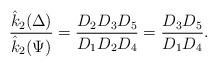
LaTeX: \begin{align*}\dfrac{\hat{k}_2{(\Delta)}}{\hat{k}_2(\Psi)}= \dfrac{D_{2}D_{3}D_{5}}{D_{1}D_{2}D_{4}}=\dfrac{D_{3}D_{5}}{D_{1}D_{4}}.\end{align*}